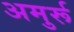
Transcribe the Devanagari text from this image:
अमुर्रू